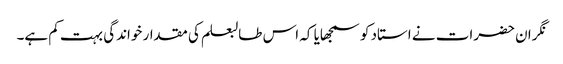
نگران حضرات نے استاد کو سمجھایا کہ اس طالبعلم کی مقدار خواندگی بہت کم ہے۔